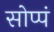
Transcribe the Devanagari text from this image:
सोप्पं